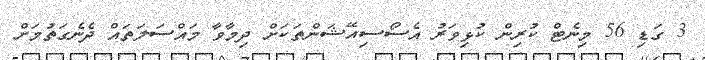
3 ގަޑި 56 މިނެޓް ކުރިން ކުޅިވަރު އެސޯސިއޭޝަންތަކަށް ދިމާވާ މައްސަލަތައް ދެނެގަތުމަށް